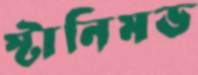
স্টানিমভ